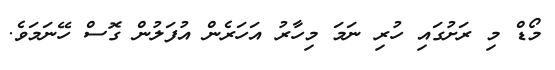
މޯޑް މި ރަށުގައި ހުރި ނަމަ މިހާރު އަހަރެން އުފަލުން ގޮސް ހޭނަމަވެ.